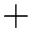
+